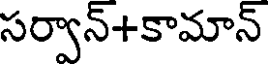
సర్వాన్+కామాన్